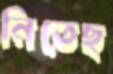
নিতেছ